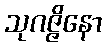
သုဂဇ္ဇိနော